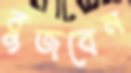
বুজবেন